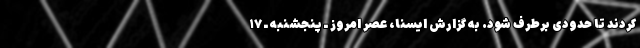
کردند تا حدودی برطرف شود. به گزارش ایسنا، عصر امروز ـ پنجشنبه ـ ۱۷